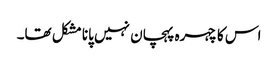
اس کا چہرہ پہچان نہیں پانا مشکل تھا۔